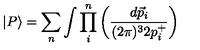
\vert P \rangle = \sum _ { n } \int \prod _ { i } ^ { n } \left( \frac { d \vec { p } _ { i } } { ( 2 \pi ) ^ { 3 } 2 p _ { i } ^ { + } } \right)